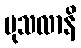
မုသလာနိ